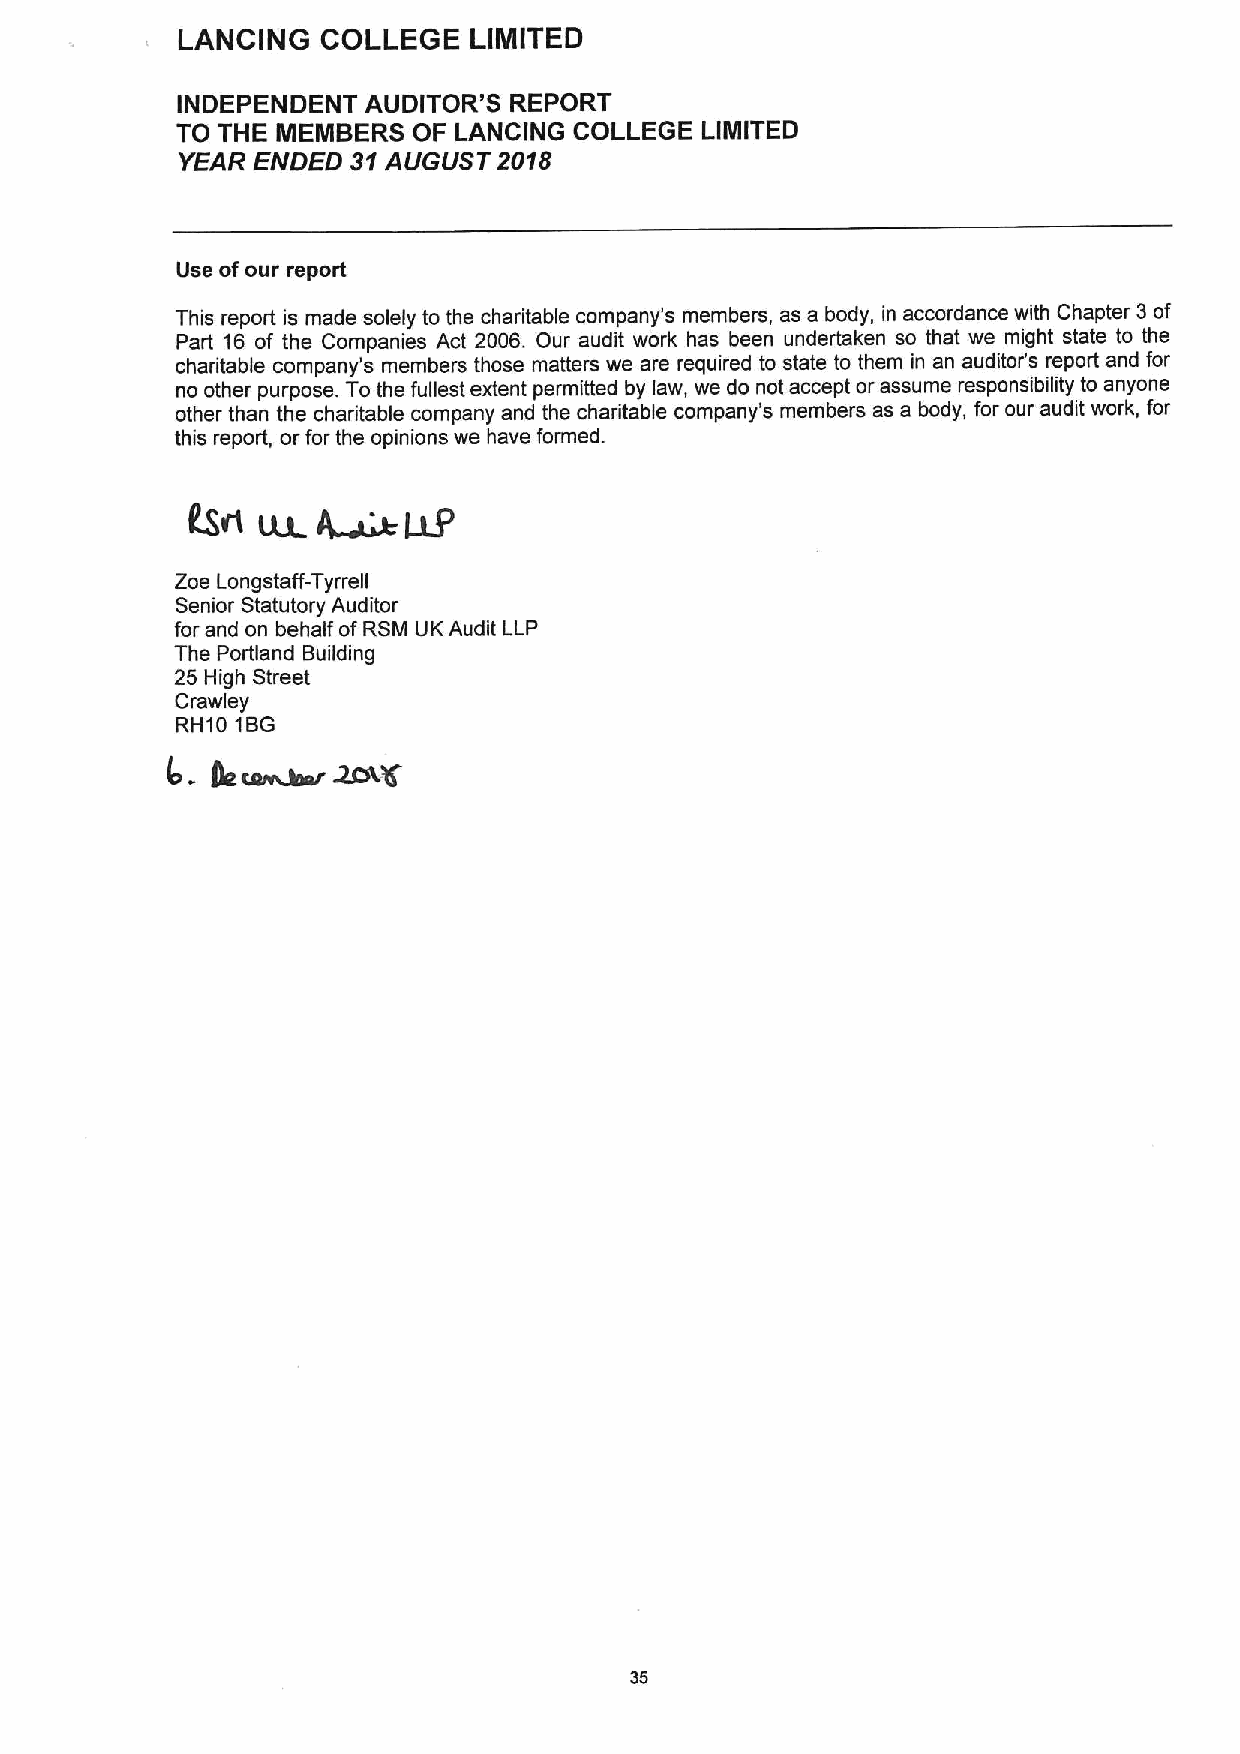
LANCING  COLLEGE   LIMITED
 INDEPENDENT AUDITOR'S REPORT
 TO THE IIEMBERS OF LANCING COLLEGE LIMITED
 YEAR ENDED 31AUGUST  2018
 Use ofour report
 This report is made solely to the charitable company's members, as a body, in accordance with Chapter 3of
 Part 16 of the Companies Act 2006. Our audit work has been underbtken so that we might state to the
 charitable company's members those matters we are required to state to them in an auditor's report and for
 no other purpose. To the fullest extent permitted by law, we do not accept or assume responsibility to anyone
 other than the charitable company and the charitable company's members as a body, for our audit work, for
 this report, or for the opinions we have formed.
 Zoe Longstaff-Tyrrell
 Senior Statutory Auditor
 for and on behalf ofRSM UK Audit LLP
 The Portland Building
 25 High Street
 Crawley
 RH10 1BG
 35